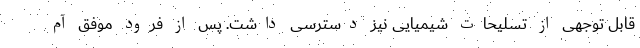
قابل توجهی از تسلیحات شیمیایی نیز دسترسی داشت. پس از فرود موفق آم